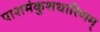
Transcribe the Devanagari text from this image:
पाशमंकुशधारिणम्